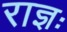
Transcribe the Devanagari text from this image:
राज्ञः